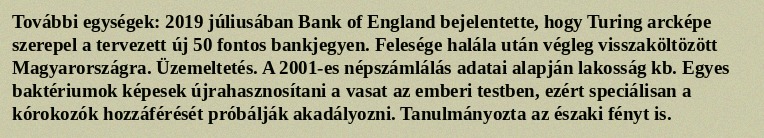
További egységek: 2019 júliusában Bank of England bejelentette, hogy Turing arcképe szerepel a tervezett új 50 fontos bankjegyen. Felesége halála után végleg visszaköltözött Magyarországra. Üzemeltetés. A 2001-es népszámlálás adatai alapján lakosság kb. Egyes baktériumok képesek újrahasznosítani a vasat az emberi testben, ezért speciálisan a kórokozók hozzáférését próbálják akadályozni. Tanulmányozta az északi fényt is.